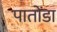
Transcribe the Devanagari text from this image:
पातोंडा